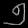
Digit: ၅